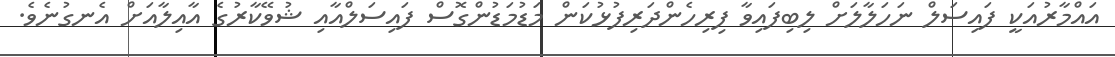
އައްމާރުއަކީ ފައިސަލް ނަހަލާލަށް ލިބިފައިވާ ފިރިހެންދަރިފުޅުކަން މަޑުމަޑުންގޮސް ފައިސަލްއާއި ޝުވޭކާރުގެ އާއިލާއަށް އެނގުނެވެ.